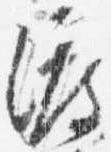
渡